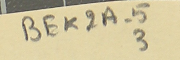
BEK2A-5 3